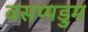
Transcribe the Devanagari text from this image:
वसप्पडुम